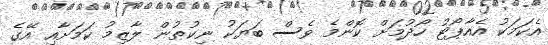
އެކަމަކު އެއާޕޯޓު ހޯދުމަށް ކޮންމެ ވެސް ބަޔަކު ނިކުތުން ލާޒިމު ކަމަށާއި އޭގެ